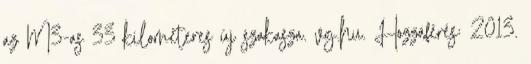
az M3-as 33 kilométeres új szakasza. vg.hu. Hozzáférés: 2013.